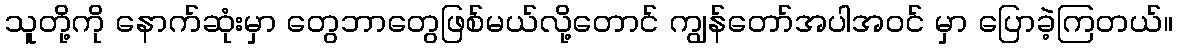
သူတို့ကို နောက်ဆုံးမှာ တွေဘာတွေဖြစ်မယ်လို့တောင် ကျွန်တော်အပါအဝင် မှာ ပြောခဲ့ကြတယ်။